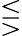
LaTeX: \lesseqgtr